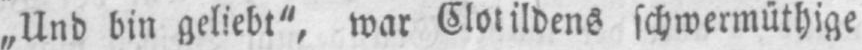
„Und bin geliebt“, war Clotildens schwermüthige